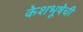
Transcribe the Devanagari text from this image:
केशभूषेची